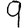
Digit: 9